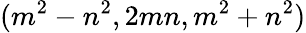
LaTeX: (m^{2}-n^{2},2mn,m^{2}+n^{2})